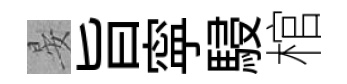
晏旨寜駸棺